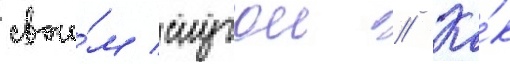
свои́м слугои // Ка́к